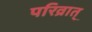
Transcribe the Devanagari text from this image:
परिव्रात्